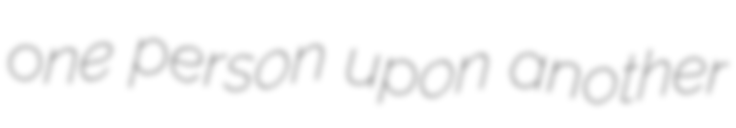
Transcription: one person upon another